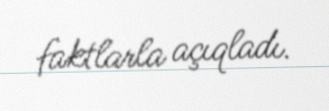
faktlarla açıqladı.